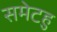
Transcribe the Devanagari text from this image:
समेटहु